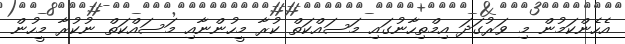
އެހެންކަމުން މި ވަރުގަދަ އިމްތިހާނުގައި މަސައްކަތް ކުރާ މީހުންނާއި މަސައްކަތް ނުކުރާ މީހުން